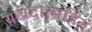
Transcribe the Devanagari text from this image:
यद्यदात्महितं